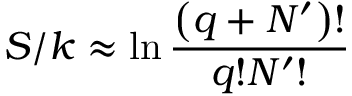
S / k \approx \ln { \frac { \left( q + N ^ { \prime } \right) ! } { q ! N ^ { \prime } ! } }